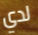
لدي